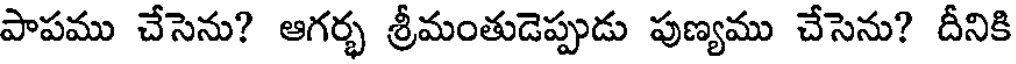
పాపము చేసెను? ఆగర్భ శ్రీమంతుడెప్పుడు పుణ్యము చేసెను? దీనికి